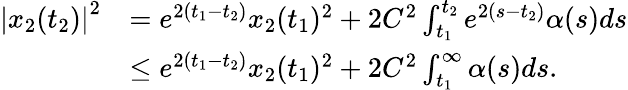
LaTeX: \begin{array}{rl}{\left|x_{2}(t_{2})\right|^{2}}&{=e^{2(t_{1}-t_{2})}x_{2}(t_{1})^{2}+2C^{2}\int_{t_{1}}^{t_{2}}e^{2(s-t_{2})}\alpha(s)ds}\\ &{\leq e^{2(t_{1}-t_{2})}x_{2}(t_{1})^{2}+2C^{2}\int_{t_{1}}^{\infty}\alpha(s)ds.}\end{array}